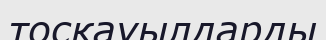
тосқауылдарды